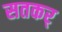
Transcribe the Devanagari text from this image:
सतकर्